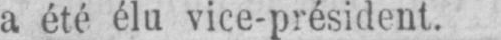
a été élu vice-président.